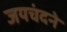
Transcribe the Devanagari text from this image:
जयचंदने